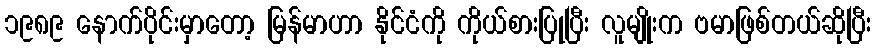
၁၉၈၉ နောက်ပိုင်းမှာတော့ မြန်မာဟာ နိုင်ငံကို ကိုယ်စားပြုပြီး လူမျိုးက ဗမာဖြစ်တယ်ဆိုပြီး